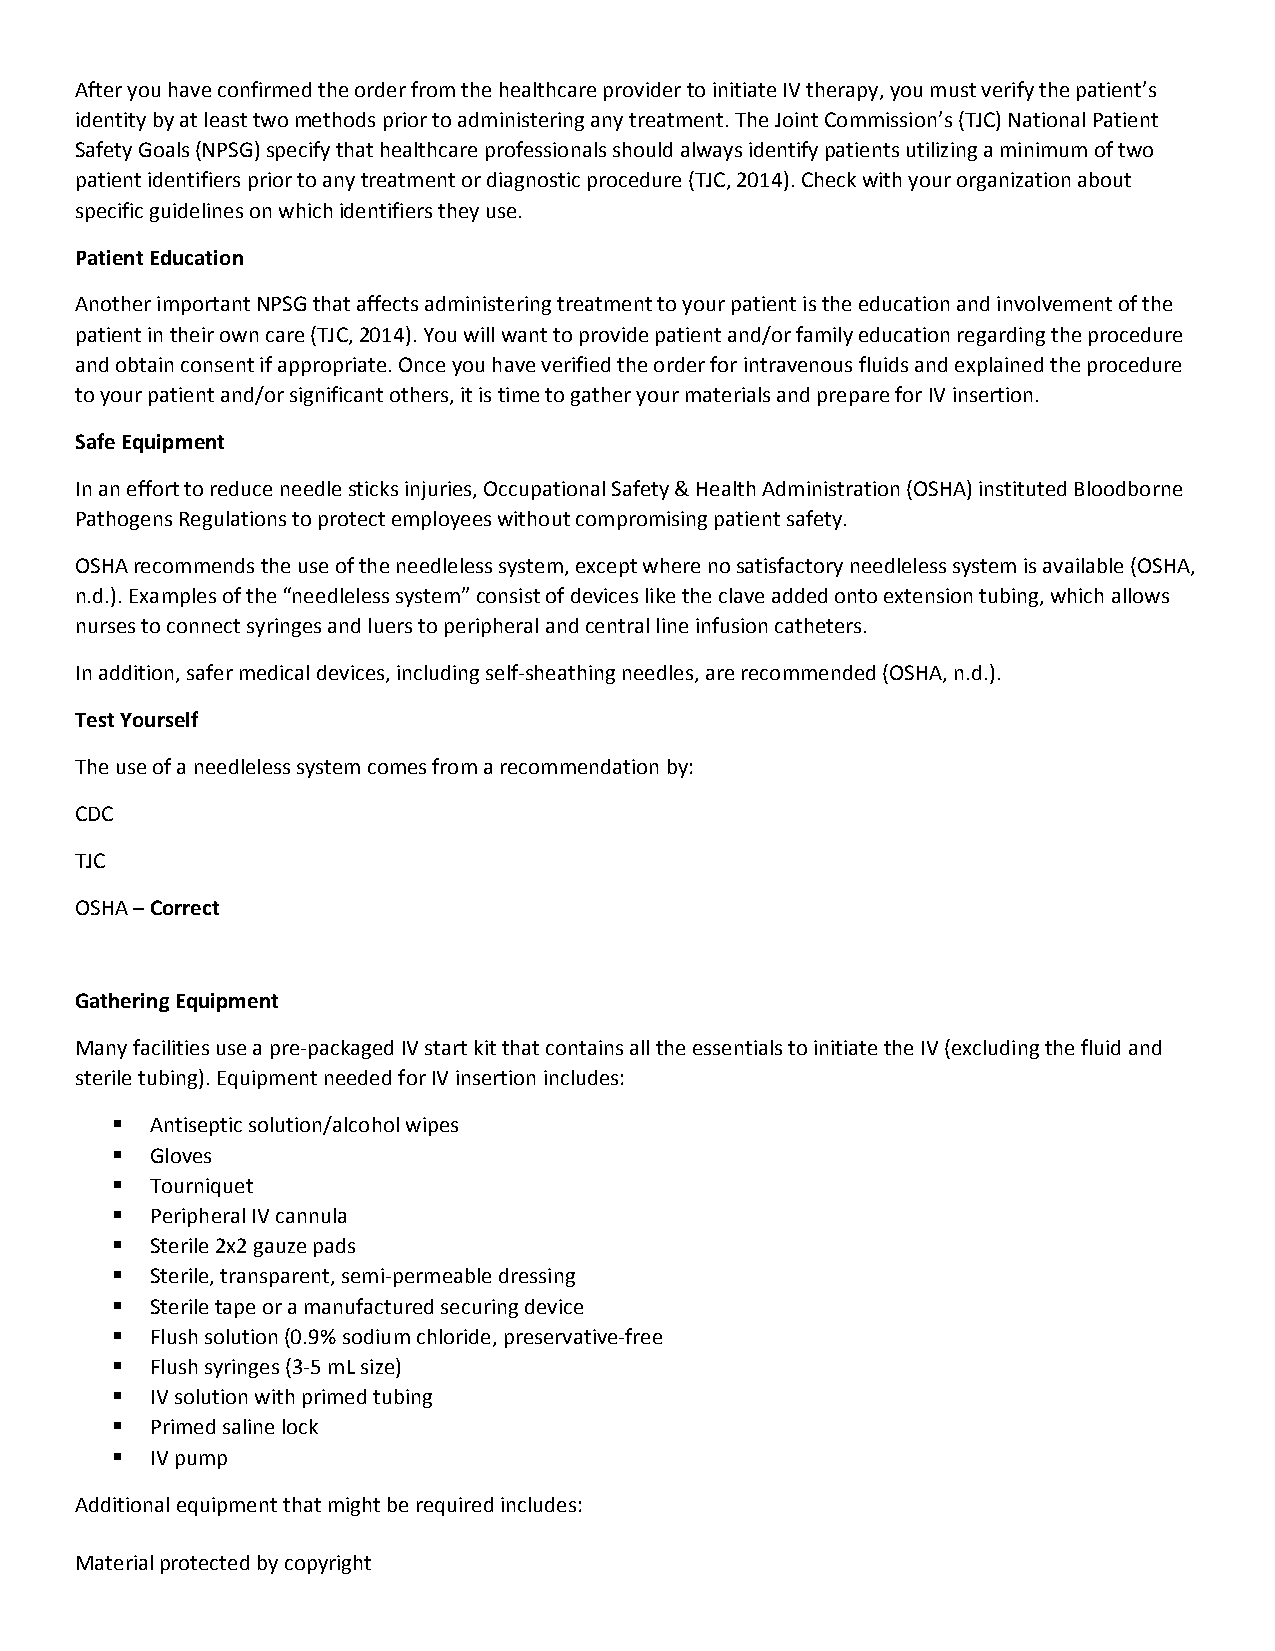
After you have confirmed the order from the healthcare provider to initiate IV therapy, you must verify the patient’s
 identity by at least two methods prior to administering any treatment. The Joint Commission’s (TJC) National Patient
 Safety Goals (NPSG) specify that healthcare professionals should always identify patients utilizing a minimum of two
 patient identifiers prior to any treatment or diagnostic procedure (TJC, 2014). Check with your organization about
 specific guidelines on which identifiers they use.
 Patient Education
 Another important NPSG that affects administering treatment to your patient is the education and involvement of the
 patient in their own care (TJC, 2014). You will want to provide patient and/or family education regarding the procedure
 and obtain consent if appropriate. Once you have verified the order for intravenous fluids and explained the procedure
 to your patient and/or significant others, it is time to gather your materials and prepare for IV insertion.
 Safe Equipment
 In an effort to reduce needle sticks injuries, Occupational Safety & Health Administration (OSHA) instituted Bloodborne
 Pathogens Regulations to protect employees without compromising patient safety.
 OSHA recommends the use of the needleless system, except where no satisfactory needleless system is available (OSHA,
 n.d.). Examples of the “needleless system” consist of devices like the clave added onto extension tubing, which allows
 nurses to connect syringes and luers to peripheral and central line infusion catheters.
 In addition, safer medical devices, including self‐sheathing needles, are recommended (OSHA, n.d.).
 Test Yourself
 The use of a needleless system comes from a recommendation by:
 CDC
 TJC
 OSHA – Correct
 Gathering Equipment
 Many facilities use a pre‐packaged IV start kit that contains all the essentials to initiate the IV (excluding the fluid and
 sterile tubing). Equipment needed for IV insertion includes:
   Antiseptic solution/alcohol wipes
   Gloves
   Tourniquet
   Peripheral IV cannula
   Sterile 2x2 gauze pads
   Sterile, transparent, semi‐permeable dressing
   Sterile tape or a manufactured securing device
   Flush solution (0.9% sodium chloride, preservative‐free
   Flush syringes (3‐5 mL size)
   IV solution with primed tubing
   Primed saline lock
   IV pump
 Additional equipment that might be required includes:
 Material protected by copyright